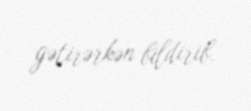
gətirərkən bildirib.